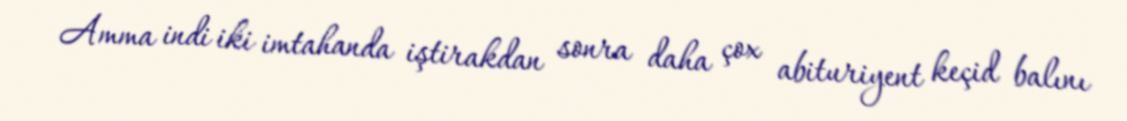
Amma indi iki imtahanda iştirakdan sonra daha çox abituriyent keçid balını